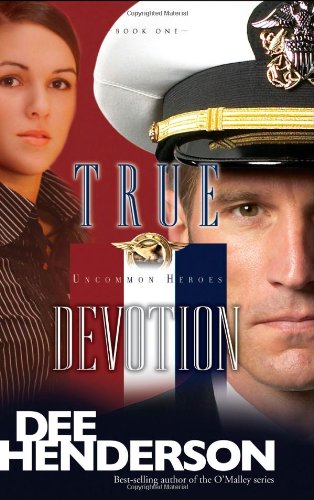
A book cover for True Devotion (Uncommon Heroes, Book 1); Dee Henderson; Romance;